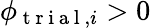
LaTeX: \phi_{\mathrm{~t~r~i~a~l~},i}>0